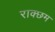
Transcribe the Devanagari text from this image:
राक्छम